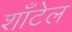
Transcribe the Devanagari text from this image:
शाँटेल